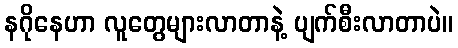
နဂိုနေဟာ လူတွေများလာတာနဲ့ ပျက်စီးလာတာပဲ။